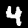
Digit: 4